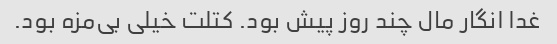
غدا انگار مال چند روز پیش بود. کتلت خیلی بی‌مزه بود.